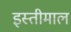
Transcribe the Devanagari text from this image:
इस्तीमाल